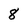
Character: 8